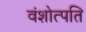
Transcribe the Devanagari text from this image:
वंशोत्पति